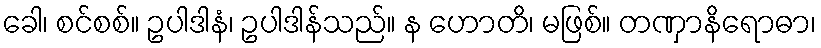
ခေါ၊ စင်စစ်။ ဥပါဒါနံ၊ ဥပါဒါန်သည်။ န ဟောတိ၊ မဖြစ်။ တဏှာနိရောဓာ၊